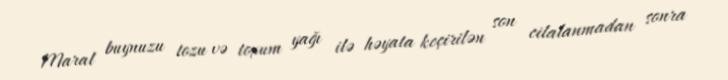
Maral buynuzu tozu və toxum yağı ilə həyata keçirilən son cilalanmadan sonra